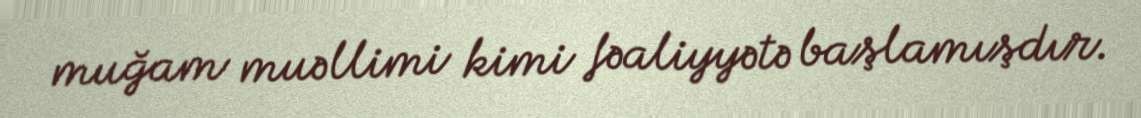
muğam muəllimi kimi fəaliyyətə başlamışdır.